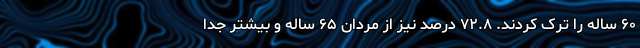
۶۰ ساله را ترک کردند. ۷۲.۸ درصد نیز از مردان ۶۵ ساله و بیشتر جدا